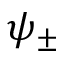
\psi _ { \pm }